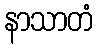
နာသာတံ